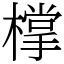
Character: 𣛟